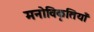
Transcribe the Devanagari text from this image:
मनोविकृतियाँ